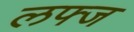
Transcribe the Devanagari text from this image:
लफ्ज